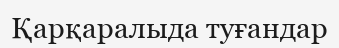
Қарқаралыда туғандар